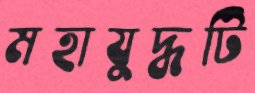
মহাযুদ্ধটি